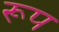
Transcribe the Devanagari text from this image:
रूप्‍ा